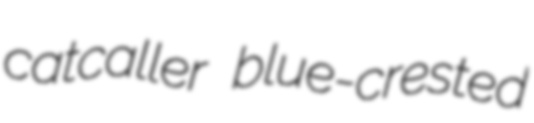
catcaller blue-crested